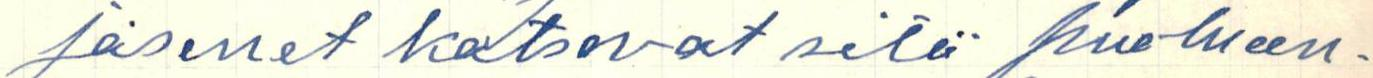
jäsenet katsovat sitä puolueen-